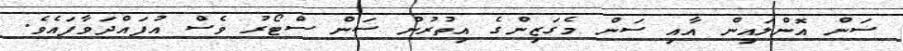
ސަން އޮންލައިން އާއި ސަން މެގަޒިންގެ އިތުރުން ސަން ސްޓޯރު ވެސް އުފައްދަވާފައެވެ.